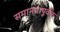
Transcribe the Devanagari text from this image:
समानतापूर्वक